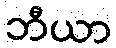
ဘီယာ